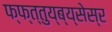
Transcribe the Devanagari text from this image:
फ्फ्त्तुय्ब्य्सेस्र